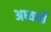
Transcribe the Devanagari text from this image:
अध्यक्षोँ